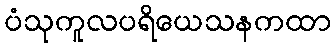
ပံသုကူလပရိယေသနကထာ